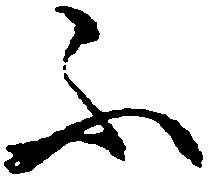
不